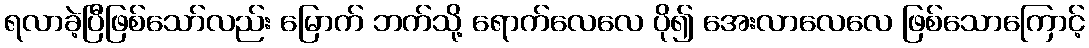
ရလာခဲ့ပြီဖြစ်သော်လည်း မြောက် ဘက်သို့ ရောက်လေလေ ပို၍ အေးလာလေလေ ဖြစ်သောကြောင့်